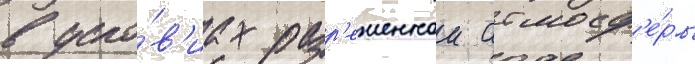
в усло́в'иах разр'еженнои атмосф'е́ры